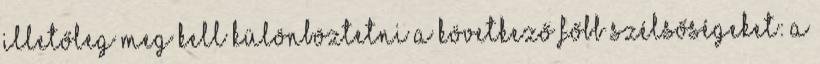
illetőleg meg kell különböztetni a következő főbb szélsőségeket: a